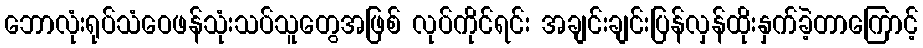
ဘောလုံးရုပ်သံဝေဖန်သုံးသပ်သူတွေအဖြစ် လုပ်ကိုင်ရင်း အချင်းချင်းပြန်လှန်ထိုးနှက်ခဲ့တာကြောင့်